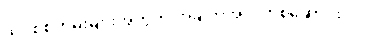
သင့်စစ်တမ်းများအတွက် အချက်အလက်စုဆောင်းပါ။